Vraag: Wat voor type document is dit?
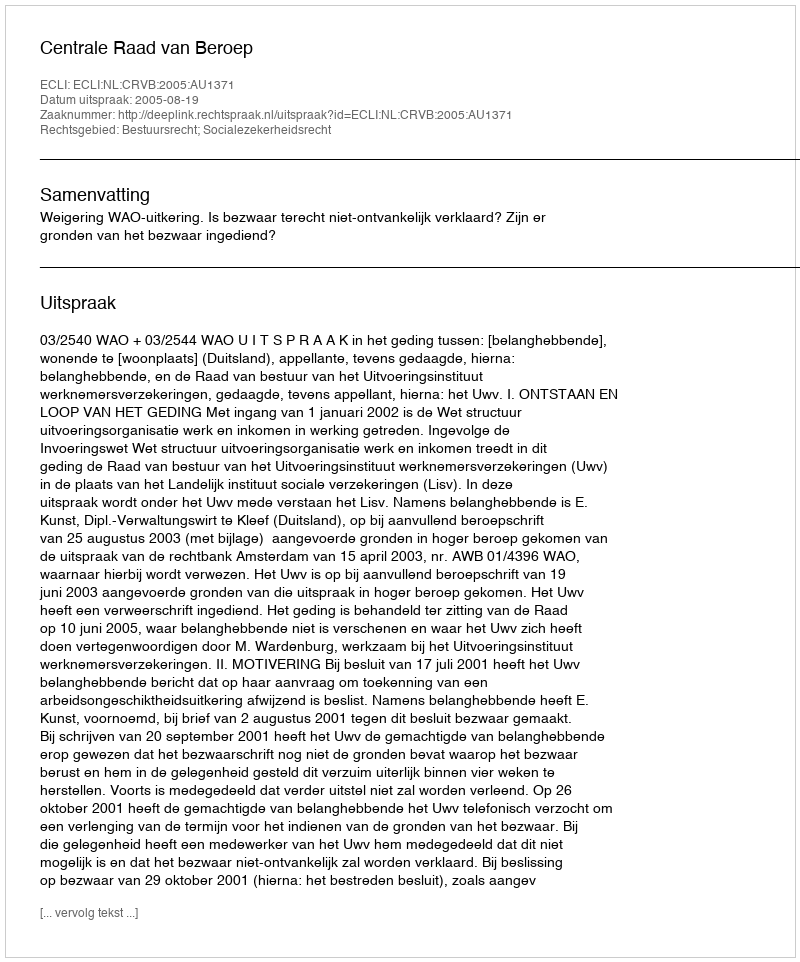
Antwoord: Uitspraak